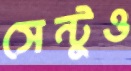
সেন্টুও